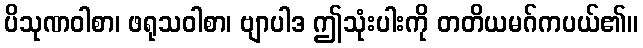
ပိသုဏဝါစာ၊ ဖရုသဝါစာ၊ ဗျာပါဒ ဤသုံးပါးကို တတိယမဂ်ကပယ်၏။